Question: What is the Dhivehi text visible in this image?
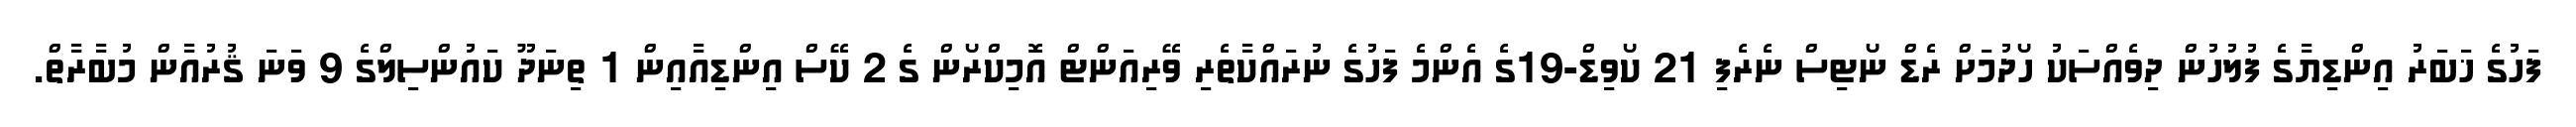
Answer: ފަހުގެ ޚަބަރު އިންޑިޔާގެ ފުލުހުން ދިވެއްސަކު ހޯދުމަށް ރެޑް ނޯޓިސް ނެރެފި 21 ކޯވިޑް-19ގެ އެންމެ ފަހުގެ ނުރައްކާތެރި ވޭރިއަންޓް އޮމިކްރޯން ގެ 2 ކޭސް އިންޑިއާއިން 1 ތިނަދޫ ކައުންސިލްގެ 9 ވަނަ ޤުރުއާން މުބާރާތް.